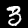
Digit: 3